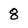
Character: 8